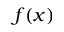
f ( x )